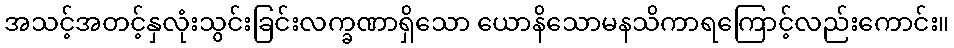
အသင့်အတင့်နှလုံးသွင်းခြင်းလက္ခဏာရှိသော ယောနိသောမနသိကာရကြောင့်လည်းကောင်း။